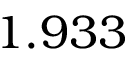
1 . 9 3 3